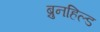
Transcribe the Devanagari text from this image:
ब्रुनहिल्ड